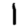
Digit: 1